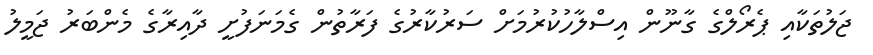
ޖަލުތަކާއި ޕެރޯލްގެ ގާނޫން އިސްލާހުކުރުމަށް ސަރުކާރުގެ ފަރާތުން ގެމަނަފުށީ ދާއިރާގެ މެންބަރު ޖަމީލު